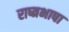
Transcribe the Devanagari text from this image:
राष्त्रभाषा